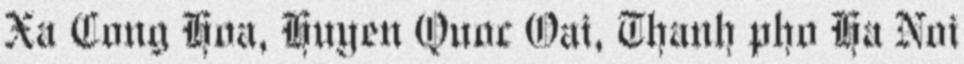
Xa Cong Hoa, Huyen Quoc Oai, Thanh pho Ha Noi